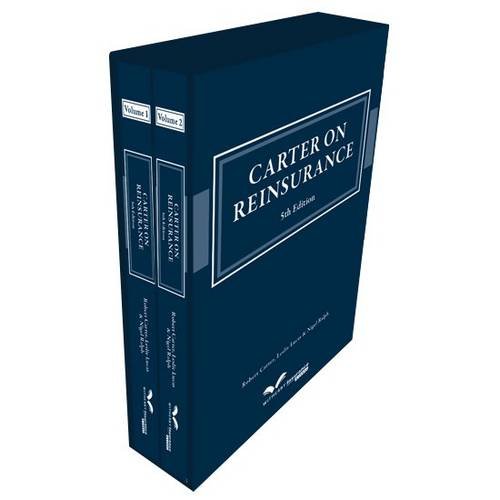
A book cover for Carter on Reinsurance; Robert Carter; Law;